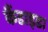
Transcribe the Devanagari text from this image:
कैंडाइडा